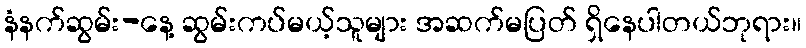
နံနက်ဆွမ်း-နေ့ ဆွမ်းကပ်မယ့်သူများ အဆက်မပြတ် ရှိနေပါတယ်ဘုရား။